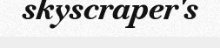
skyscraper's